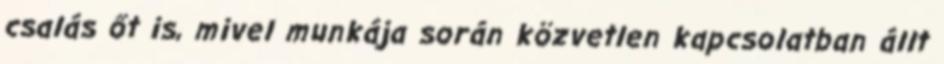
csalás őt is, mivel munkája során közvetlen kapcsolatban állt